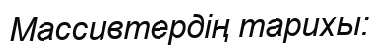
Массивтердің тарихы: